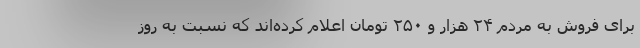
برای فروش به مردم ۲۴ هزار و ۲۵۰ تومان اعلام کرده‌اند که نسبت به روز